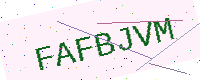
Text: FAFBJVM